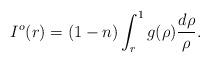
LaTeX: \begin{align*} I^o(r)=(1-n)\int_r^1 g(\rho)\frac{d\rho}{\rho}. \end{align*}